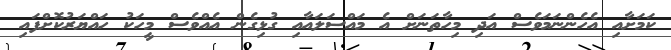
ކަމަށާއި އެހެންނަމަވެސް އަދި މިހާތަނަށް އެ މައްސަލައާއި ގުޅިގެން އެއްވެސް މީހަކު ހައްޔަރުކޮށްފައި